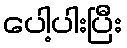
ပေါ့ပါးပြီး